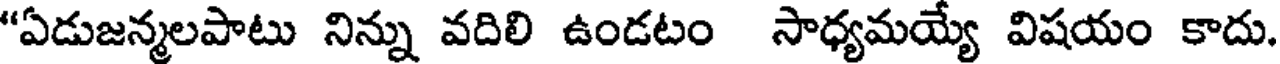
"ఏడుజన్మలపాటు నిన్ను వదిలి ఉండటం సాధ్యమయ్యే విషయం కాదు.